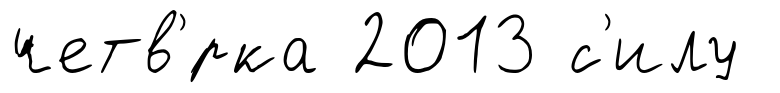
четв'́рка 2013 с'илу